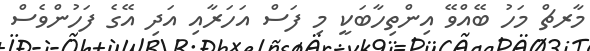
މާރޗް މަހު ބޭއްވޭ އިންތިހާބަކީ މި ފަސް އަހަރާއި އަދި އޭގެ ފަހުންވެސް